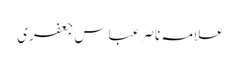
علامہ ناصر عباس جعفری